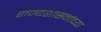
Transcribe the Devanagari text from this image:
राज्यशासनांच्या